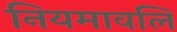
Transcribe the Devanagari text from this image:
नियमावलि